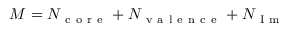
M = N _ { \mathrm { ~ c ~ o ~ r ~ e ~ } } + N _ { \mathrm { ~ v ~ a ~ l ~ e ~ n ~ c ~ e ~ } } + N _ { \mathrm { ~ I ~ m ~ } }